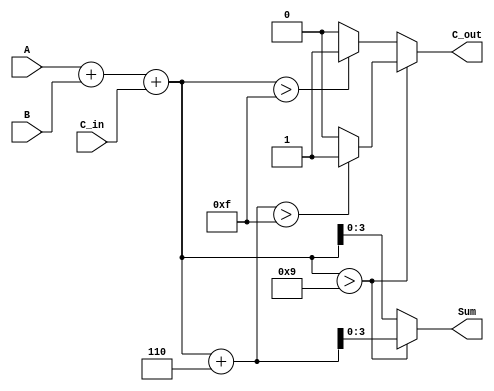
module BCD_Parallel_Adder (
    input  [3:0] A,        // 4-bit BCD digit from the first number
    input  [3:0] B,        // 4-bit BCD digit from the second number
    input        C_in,      // Carry input from the previous digit's addition
    output reg [3:0] Sum,   // 4-bit output representing the BCD result
    output reg C_out        // Carry output to indicate if there is a carry to the next higher BCD digit
);

    wire [4:0] Sum_bin;     // 5-bit to hold the binary sum (A + B + C_in)

    // Step 1: Calculate the binary sum
    assign Sum_bin = A + B + C_in;

    // Step 2: BCD Correction Logic
    always @(*) begin
        if (Sum_bin > 9) begin
            Sum = Sum_bin + 6;  // Add 6 for BCD correction
            C_out = (Sum_bin + 6) > 15 ? 1'b1 : 1'b0; // Set carry out if corrected sum exceeds 15
        end else begin
            Sum = Sum_bin;       // No correction needed
            C_out = Sum_bin > 15 ? 1'b1 : 1'b0; // Set carry out if binary sum exceeds 15
        end
    end

endmodule